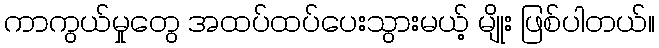
ကာကွယ်မှုတွေ အထပ်ထပ်ပေးသွားမယ့် မျိုး ဖြစ်ပါတယ်။